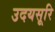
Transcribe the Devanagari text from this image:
उदयसूरि